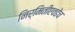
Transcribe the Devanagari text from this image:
निर्मितीएवढेच